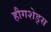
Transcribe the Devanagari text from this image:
हौगशेड्स